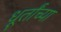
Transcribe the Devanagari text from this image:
धूर्तांच्या